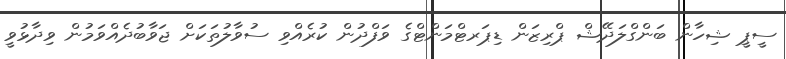
ސީޕީ ޝިހާން ބަންގްލަދޭޝް ޕްރިޒަން ޑިޕަރޓްމަންޓްގެ ވަފްދުން ކުރެއްވި ސުވާލުތަކަށް ޖަވާބުދެއްވަމުން ވިދާޅުވީ